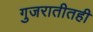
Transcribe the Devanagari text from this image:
गुजरातीतही